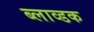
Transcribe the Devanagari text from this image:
ब्लाव्डक